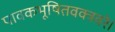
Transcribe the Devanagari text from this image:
पावकभूषितवक्त्रवरे।